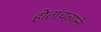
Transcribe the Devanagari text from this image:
होतांचत्यानें